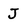
Character: J